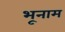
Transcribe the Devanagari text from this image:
भूनाम